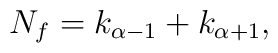
N_f = k_{\alpha-1}+ k_{\alpha+1},